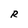
Character: R